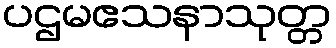
ပဌမဧသနာသုတ္တ